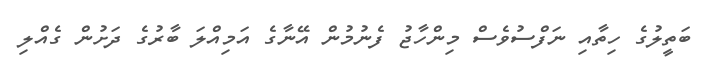
ބަތީލުގެ ހިތާއި ނަފްސުވެސް މިންހާޖު ފެނުމުން އޭނާގެ އަމިއްލަ ބާރުގެ ދަށުން ގެއްލި